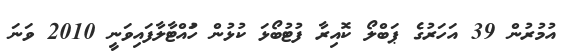
އުމުރުން 39 އަހަރުގެ ޕަބްލޯ ކޮއިރާ ފުޓުބޯޅަ ކުޅުން ހުައްޓާލާފައިވަނީ 2010 ވަނަ